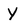
Character: Y